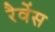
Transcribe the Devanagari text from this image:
रैवेंस